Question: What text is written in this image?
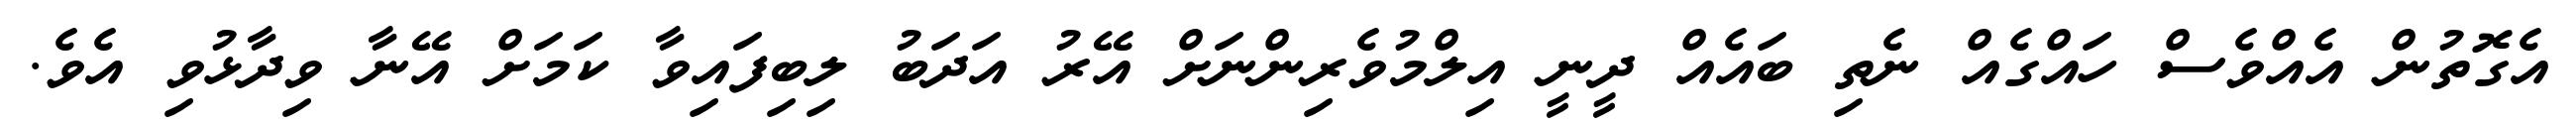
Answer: އެގޮތުން އެއްވެސް ހައްގެއް ނެތި ބައެއް ދީނީ އިލްމުވެރިންނަށް އޭރު އަދަބު ލިބިފައިވާ ކަމަށް އޭނާ ވިދާޅުވި އެވެ.